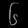
Digit: ၆